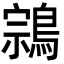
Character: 鶎